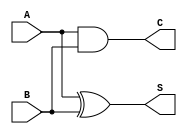
module half_adder (
    input wire A,      // First single-bit input
    input wire B,      // Second single-bit input
    output wire S,     // Sum output
    output wire C      // Carry output
);

// Sum output is generated using XOR operation
assign S = A ^ B;

// Carry output is generated using AND operation
assign C = A & B;

endmodule